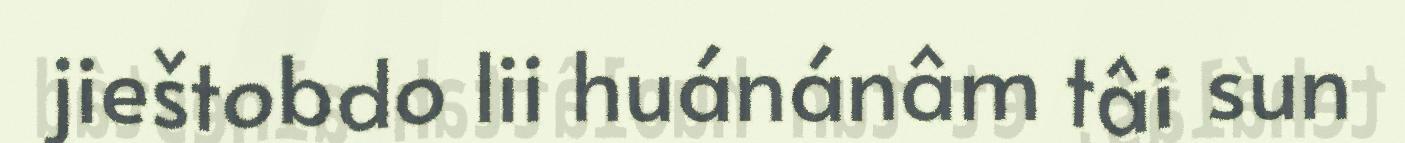
jieštobdo lii huánánâm tâi sun